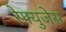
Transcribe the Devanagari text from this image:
रेफ्युजेस